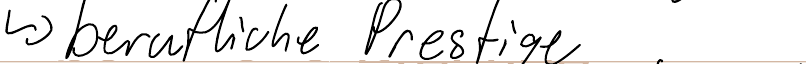
-> berufliche Prestige